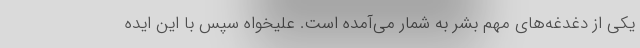
یکی از دغدغه‌های مهم بشر به شمار می‌آمده است. علیخواه سپس با این ایده